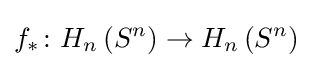
f_{*}\colon H_{n}\left(S^{n}\right)\to H_{n}\left(S^{n}\right)